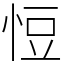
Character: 㤱